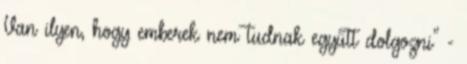
Van ilyen, hogy emberek nem tudnak együtt dolgozni" -